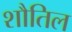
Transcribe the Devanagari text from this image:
शौतिल